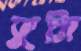
ফুট্টা